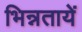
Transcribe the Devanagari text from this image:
भिन्नतायें